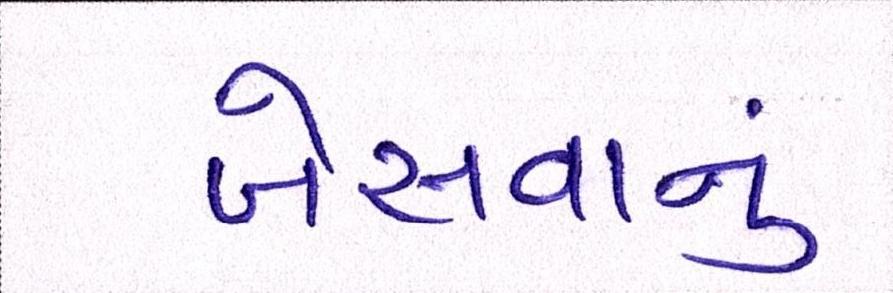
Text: બેસવાનું